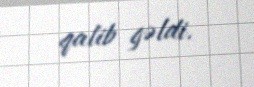
qalib gəldi.